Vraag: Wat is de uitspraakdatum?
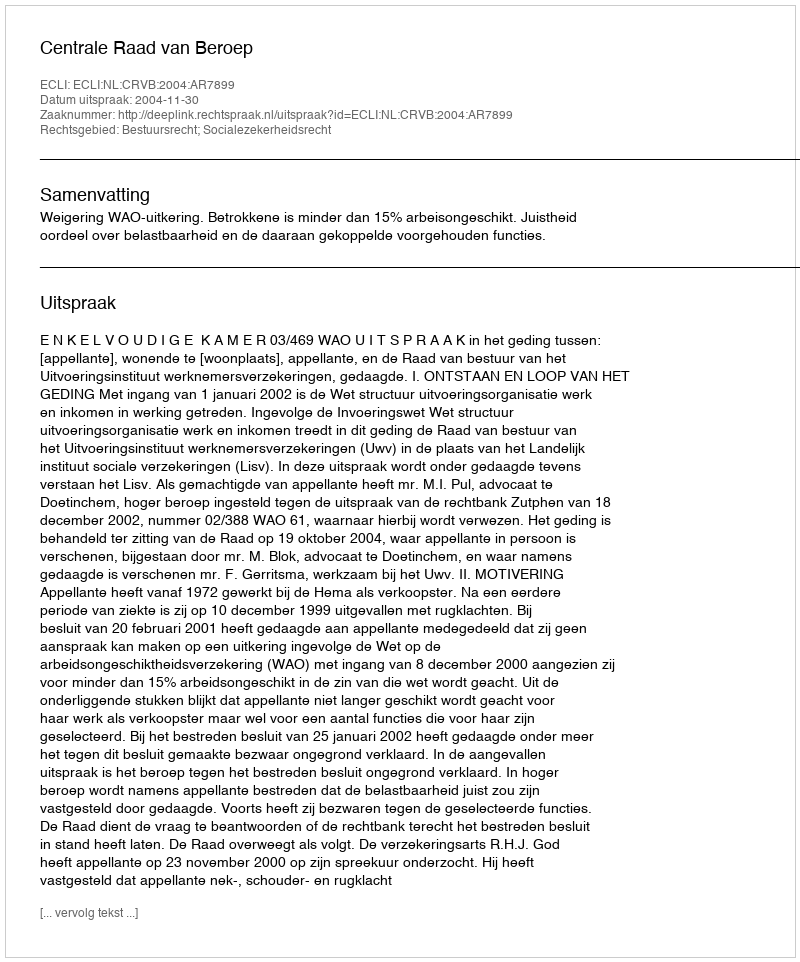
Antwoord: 2004-11-30